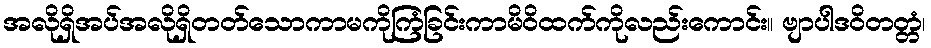
အလိုရှိအပ်အလိုရှိတတ်သောကာမကိုကြံခြင်းကာမိဝိထက်ကိုလည်းကောင်း။ ဗျာပါဒဝိတတ္တံ၊